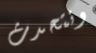
ونتحدث